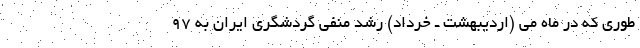
طوری که در ماه می (اردیبهشت ـ خرداد) رشد منفی گردشگری ایران به ۹۷